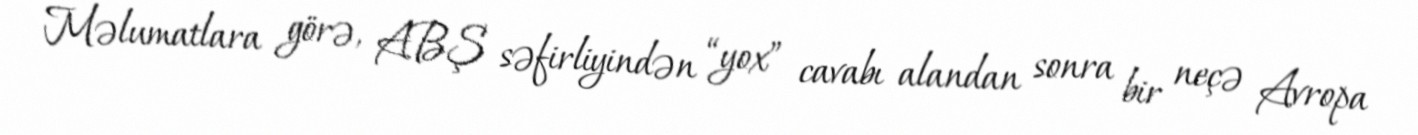
Məlumatlara görə, ABŞ səfirliyindən “yox” cavabı alandan sonra bir neçə Avropa